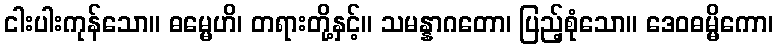
ငါးပါးကုန်သော။ ဓမ္မေဟိ၊ တရားတို့နှင့်။ သမန္နာဂတော၊ ပြည့်စုံသော။ ဒေဝဓမ္မိကော၊